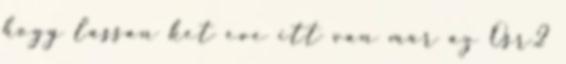
hogy lassan ket eve itt van mar az Osr2